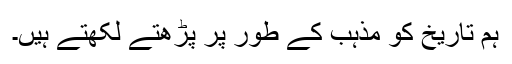
ہم تاریخ کو مذہب کے طور پر پڑھتے لکھتے ہیں۔